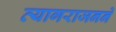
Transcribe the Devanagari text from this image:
त्यागराजनने